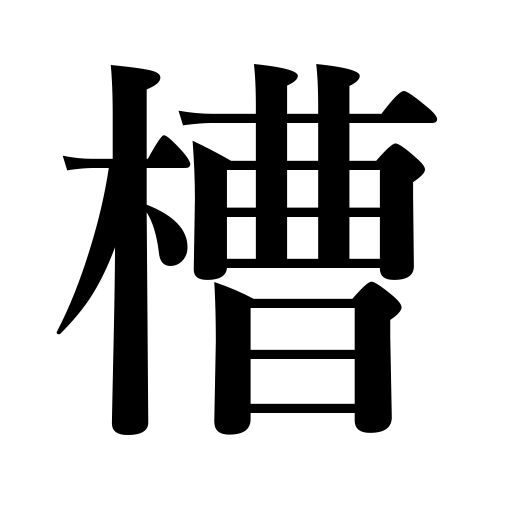
Meanings: tank,vat,tub